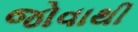
જોવાથી